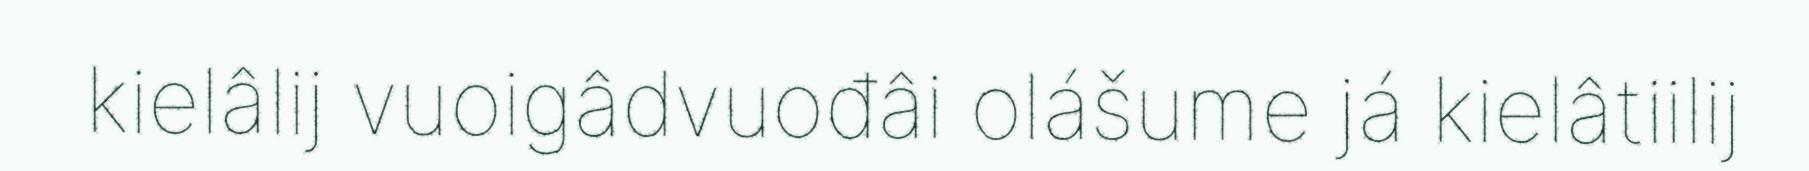
kielâlij vuoigâdvuođâi olášume já kielâtiilij